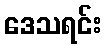
ဒေသရင်း